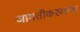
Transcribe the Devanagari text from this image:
जागतीकरणाचा